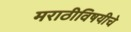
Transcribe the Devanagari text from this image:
मराठीविषयीचे